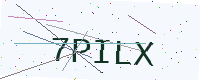
Text: 7PILX